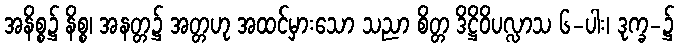
အနိစ္စ၌ နိစ္စ၊ အနတ္တ၌ အတ္တဟု အထင်မှားသော သညာ စိတ္တ ဒိဋ္ဌိဝိပလ္လာသ ၆-ပါး၊ ဒုက္ခ-၌